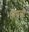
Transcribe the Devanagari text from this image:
निग़ली